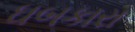
ઘબકારા